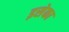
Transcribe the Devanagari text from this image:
इसेका